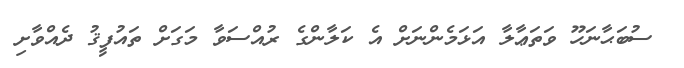
ސުބަޙާނަހޫ ވަތަޢާލާ އަޅަމެންނަށް އެ ކަލާންގެ ރުއްސަވާ މަގަށްް ތައުފީޤު ދެއްވާށި